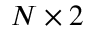
N \times 2